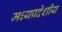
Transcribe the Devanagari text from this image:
मध्यप्रदेशीय